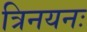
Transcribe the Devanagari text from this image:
त्रिनयनः